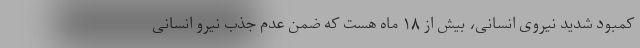
کمبود شدید نیروی انسانی، بیش از ۱۸ ماه هست که ضمن عدم جذب نیرو انسانی